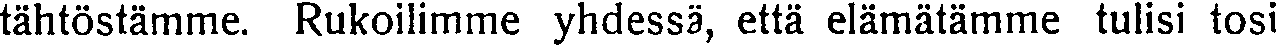
tähtöstämme. Rukoilimme yhdessä, että elämätämme tulisi tosi